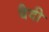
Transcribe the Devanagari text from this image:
बैदी